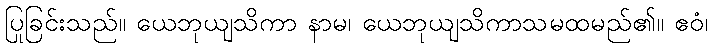
ပြုခြင်းသည်။ ယေဘုယျသိကာ နာမ၊ ယေဘုယျသိကာသမထမည်၏။ ဧဝံ၊